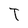
Character: T